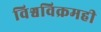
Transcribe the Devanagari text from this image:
विश्वविक्रमही